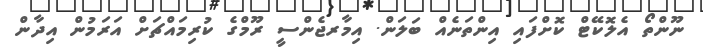
ނޫންތޯ އެލޮކޭޓް ކޮށްފައި އިންތަނެއް ބަލަން. އިމާރޖެންސީ ރޫމްގެ ކުރިމައްޗަށް އަރަމުން އިދާން